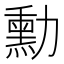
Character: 勳